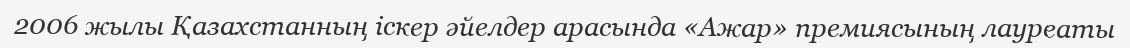
2006 жылы Қазахстанның іскер әйелдер арасында «Ажар» премиясының лауреаты